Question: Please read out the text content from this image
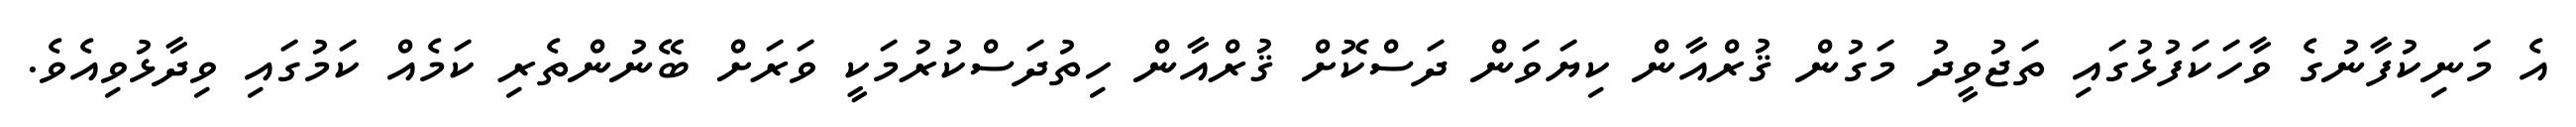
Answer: އެ މަނިކުފާނުގެ ވާހަކަފުޅުގައި ތަޖުވީދު މަގުން ޤުރްއާން ކިޔަވަން ދަސްކޮށް ޤުރްއާން ހިތުދަސްކުރުމަކީ ވަރަށް ބޭނުންތެރި ކަމެއް ކަމުގައި ވިދާޅުވިއެވެ.